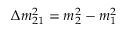
\Delta m _ { 2 1 } ^ { 2 } = m _ { 2 } ^ { 2 } - m _ { 1 } ^ { 2 }